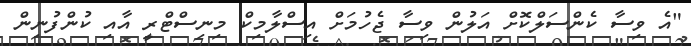
"އެ ވިސާ ކެންސަލްކޮށް އަލުން ވިސާ ޖެހުމަށް އިސްލާމިކް މިނިސްޓްރީ އާއި ކުންފުނިން